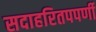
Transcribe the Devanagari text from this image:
सदाहरितपपर्णी